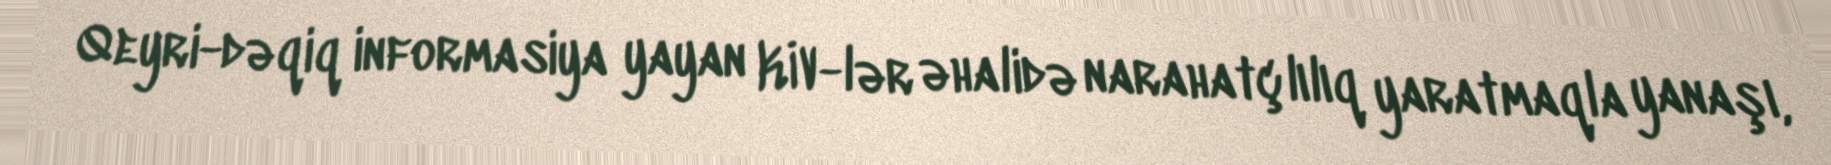
Qeyri-dəqiq informasiya yayan KİV-lər əhalidə narahatçlılıq yaratmaqla yanaşı,